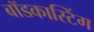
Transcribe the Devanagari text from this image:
बॉडकास्टिंग